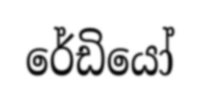
රේඩියෝ